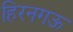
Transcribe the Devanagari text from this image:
हिरनगऊ